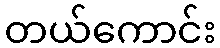
တယ်ကောင်း